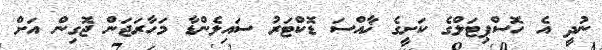
ނުދީ އެ ހޮސްޕިޓަލްގެ ކަށީގެ ޚާއްސަ ޑޮކްޓަރު ސައިލެންޑާ މަހާރަޖަން ޖޮގިން އަށް